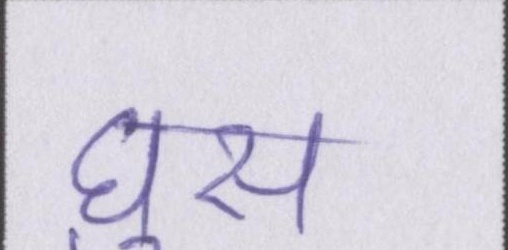
घुस